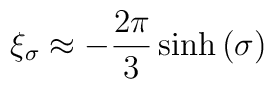
\xi_{\sigma} \approx -\frac{2\pi}{3} \sinh{(\sigma)}